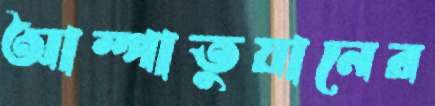
আম্পাতুয়ানের